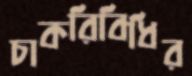
চাকরিবিধির